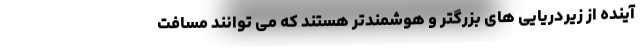
آینده از زیردریایی های بزرگتر و هوشمندتر هستند که می توانند مسافت